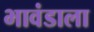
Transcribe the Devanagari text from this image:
भावंडाला